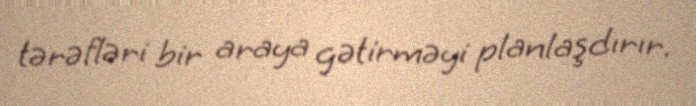
tərəfləri bir araya gətirməyi planlaşdırır.